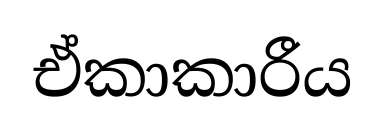
ඒකාකාරීය